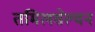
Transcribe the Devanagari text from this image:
तमिलसेल्वन